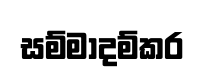
සම්මාදම්කර